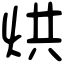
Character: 烘